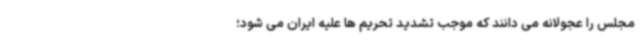
مجلس را عجولانه می دانند که موجب تشدید تحریم ها علیه ایران می شود؛